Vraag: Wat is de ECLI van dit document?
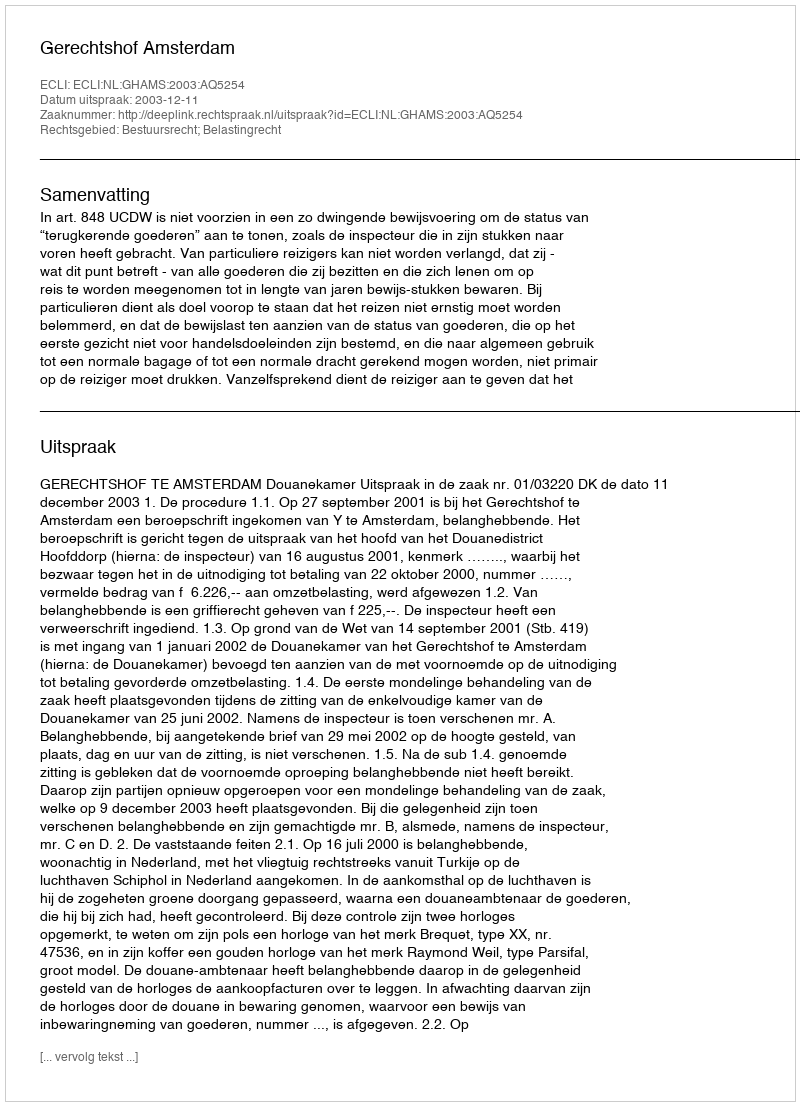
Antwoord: ECLI:NL:GHAMS:2003:AQ5254